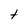
Character: t